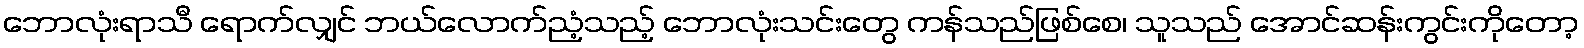
ဘောလုံးရာသီ ရောက်လျှင် ဘယ်လောက်ညံ့သည့် ဘောလုံးသင်းတွေ ကန်သည်ဖြစ်စေ၊ သူသည် အောင်ဆန်းကွင်းကိုတော့